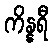
ကိန္နရီ